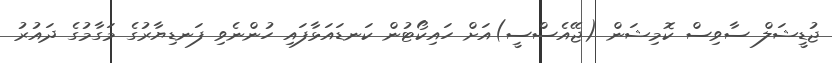
ޖުޑީޝަލް ސާވިސް ކޮމިޝަން (ޖޭއެސްސީ)އަށް ހައިކޯޓުން ކަނޑައަޅާފައި ހުންނެވި ފަނޑިޔާރުގެ މަގާމުގެ ދައުރު